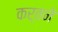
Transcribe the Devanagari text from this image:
कर्तने